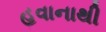
હવાનાથી